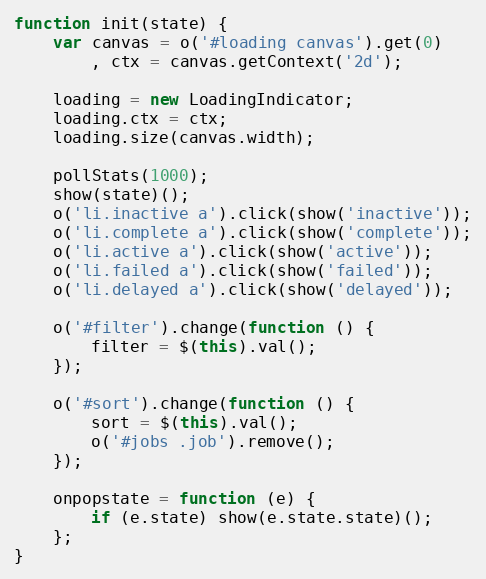
Language: JavaScript
function init(state) {
    var canvas = o('#loading canvas').get(0)
        , ctx = canvas.getContext('2d');

    loading = new LoadingIndicator;
    loading.ctx = ctx;
    loading.size(canvas.width);

    pollStats(1000);
    show(state)();
    o('li.inactive a').click(show('inactive'));
    o('li.complete a').click(show('complete'));
    o('li.active a').click(show('active'));
    o('li.failed a').click(show('failed'));
    o('li.delayed a').click(show('delayed'));

    o('#filter').change(function () {
        filter = $(this).val();
    });

    o('#sort').change(function () {
        sort = $(this).val();
        o('#jobs .job').remove();
    });

    onpopstate = function (e) {
        if (e.state) show(e.state.state)();
    };
}